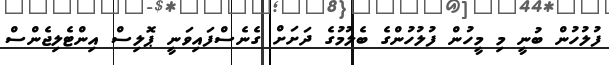
ފުލުހުން ބުނީ މި މީހުން ފުލުހުންގެ ބެލުމުގެ ދަށަށް ގެނެސްފައިވަނީ ޕޮލިސް އިންޓެލިޖެންސް